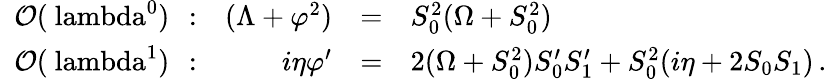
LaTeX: \begin{array}{lrcl}{{\mathrm{~{\cal~O}(\ lambda^{0})~\, :}}}&{{(\Lambda+\varphi^{2})}}&{{=}}&{{S_{0}^{2}(\Omega+S_{0}^{2})}}\\ {{\mathrm{~{\cal~O}(\ lambda^{1})~\, :}}}&{{i\eta\varphi^{\prime}}}&{{=}}&{{2(\Omega+S_{0}^{2})S_{0}^{\prime}S_{1}^{\prime}+S_{0}^{2}(i\eta+2S_{0}S_{1})\, .}}\end{array}